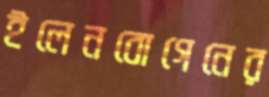
ইলেনবোগেনের